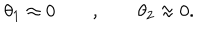
LaTeX: \theta _ { 1 } \approx 0 \qquad , \qquad \theta _ { 2 } \approx 0 .